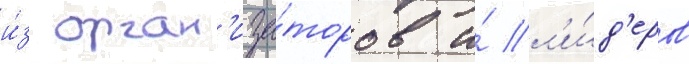
и́з орган'иза́торов и́ л'и́д'еров